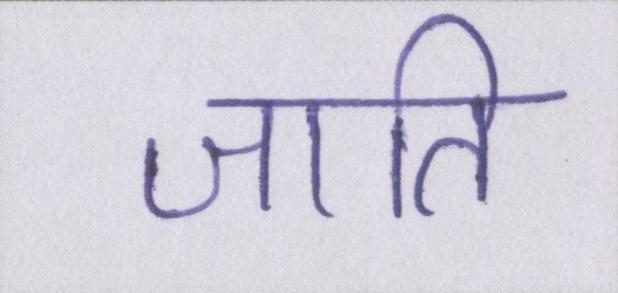
जाति